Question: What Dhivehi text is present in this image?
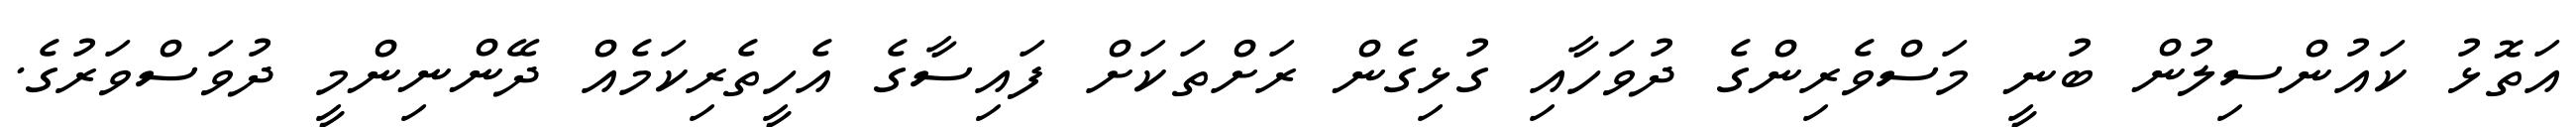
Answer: އަތޮޅު ކައުންސިލުން ބުނީ މަސްވެރިންގެ ދުވަހާއި ގުޅިގެން ރަށްތަކަށް ފައިސާގެ އެހީތެރިކަމެއް ދޭންނިންމީ ދުވަސްވަރުގެ.